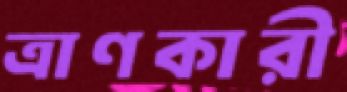
ত্রাণকারী